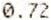
0.72